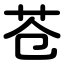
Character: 苍